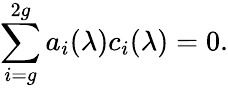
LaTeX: \sum_{i=g}^{2g}a_{i}(\lambda)c_{i}(\lambda)=0.